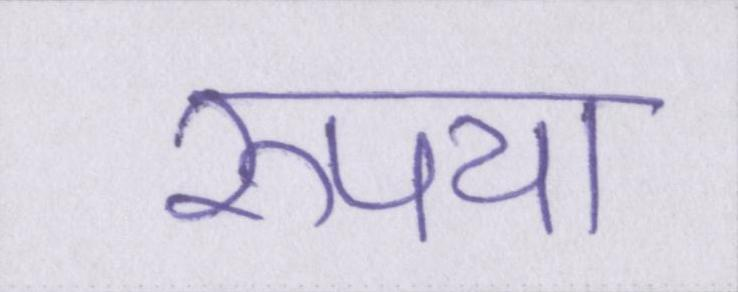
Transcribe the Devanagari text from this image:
रूपया